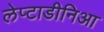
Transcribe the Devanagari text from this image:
लेप्टाडीनिआ